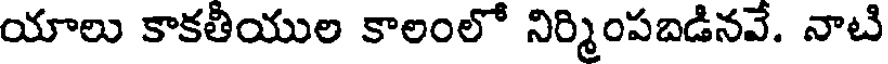
యాలు కాకతీయుల కాలంలో నిర్మింపబడినవే. నాటి